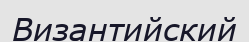
Византийский